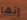
إنها